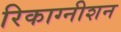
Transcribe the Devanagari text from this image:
रिकाग्नीशन